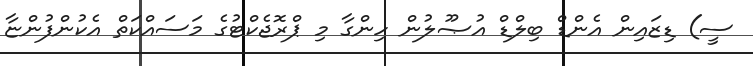
ސީ) ޑިޒައިން އެންޑް ބިލްޑް އުޞޫލުން ހިންގާ މި ޕްރޮޖެކްޓުގެ މަސައްކަތް އެކުންފުންޏާ